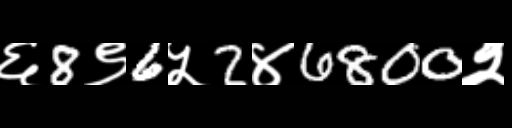
Text: ६8९6५2४6800२